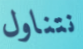
نتناول